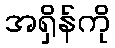
အရှိန်ကို